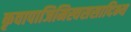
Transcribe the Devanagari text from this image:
कृवापाजिमिस्वससादिभ्य